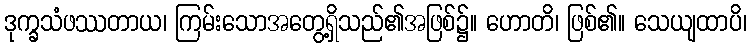
ဒုက္ခသံဖဿတာယ၊ ကြမ်းသောအတွေ့ရှိသည်၏အဖြစ်၌။ ဟောတိ၊ ဖြစ်၏။ သေယျထာပိ၊